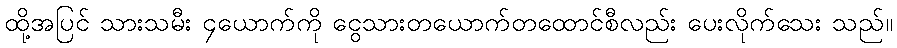
ထို့အပြင် သားသမီး ၄ယောက်ကို ငွေသားတယောက်တထောင်စီလည်း ပေးလိုက်သေး သည်။